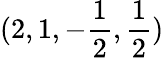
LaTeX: (2,1,-\frac{1}{2},\frac{1}{2})